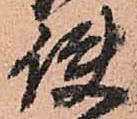
使